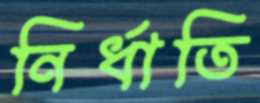
নির্ধাতি